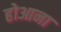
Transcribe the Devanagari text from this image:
होआना